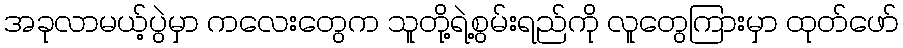
အခုလာမယ့်ပွဲမှာ ကလေးတွေက သူတို့ရဲ့စွမ်းရည်ကို လူတွေကြားမှာ ထုတ်ဖော်